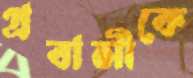
প্রবাসীকে